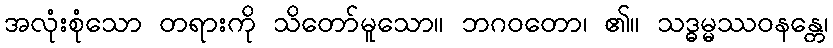
အလုံးစုံသော တရားကို သိတော်မူသော။ ဘဂဝတော၊ ၏။ သဒ္ဓမ္မဿဝနန္တေ၊